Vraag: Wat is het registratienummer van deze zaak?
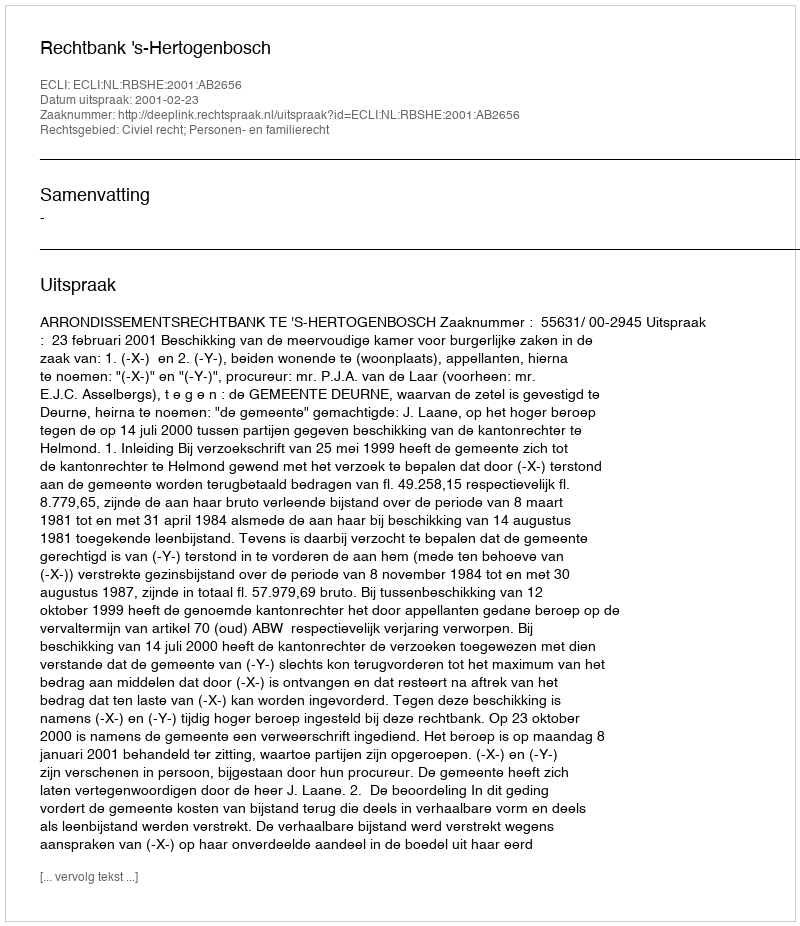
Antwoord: http://deeplink.rechtspraak.nl/uitspraak?id=ECLI:NL:RBSHE:2001:AB2656